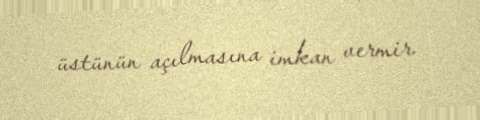
üstünün açılmasına imkan vermir.